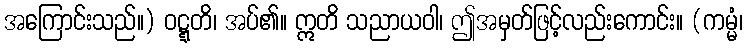
အကြောင်းသည်။) ဝဋ္ဋတိ၊ အပ်၏။ ဣတိ သညာယဝါ၊ ဤအမှတ်ဖြင့်လည်းကောင်း။ (ကမ္မံ၊